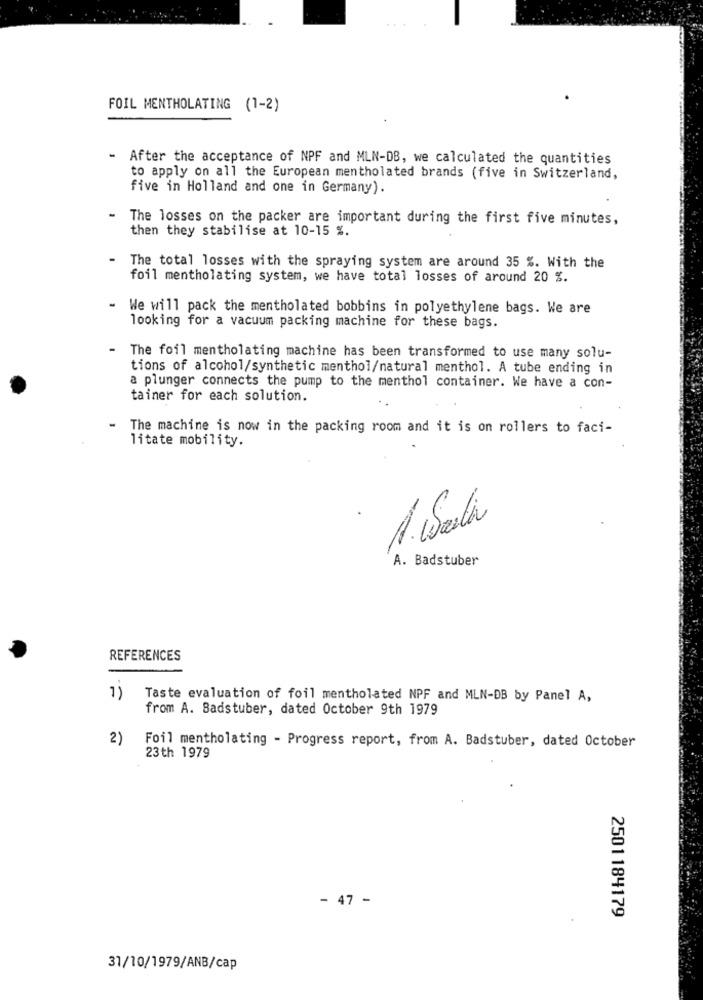
FOIL MENTHOLATING (1-2)
After the acceptance of NPF and MLN-DB, we calculated the quantities
to apply on all the European mentholated brands (five in Switzerland,
five in Holland and one in Germany).
The losses on the packer are important during the first five minutes,
then they stabilise at 10-15 %.
The total losses with the spraying system are around 35 %. With the
foil mentholating system, we have total losses of around 20 %.
We will pack the mentholated bobbins in polyethylene bags. We are
looking for a vacuum packing machine for these bags.
The foil mentholating machine has been transformed to use many solu-
tions of alcohol/synthetic menthol/natural menthol. A tube ending in
a plunger connects the pump to the menthol container. We have a con-
tainer for each solution.
- The machine is now in the packing room and it is on rollers to faci-
litate mobility.
A. Weila
A. Badstuber
REFERENCES
1)
Taste evaluation of foil mentholated NPF and MLN-DB by Panel A,
from A. Badstuber, dated October 9th 1979
2)
Foil mentholating - Progress report, from A. Badstuber, dated October
23th 1979
- 47 -
2501184179
31/10/1979/ANB/cap